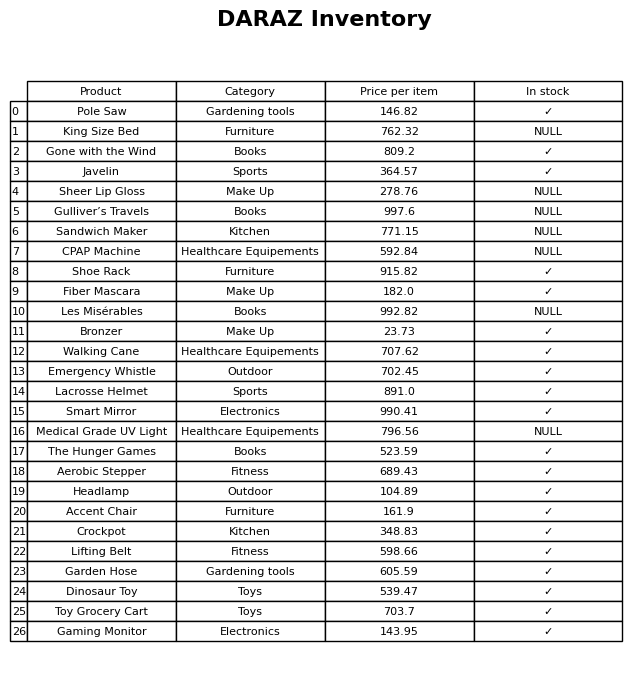
question: What is the price for Dinosaur Toy?
answer: The price of Dinosaur Toy is 539.47.